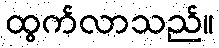
ထွက်လာသည်။